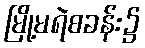
မြို့မရဲစခန်း၌